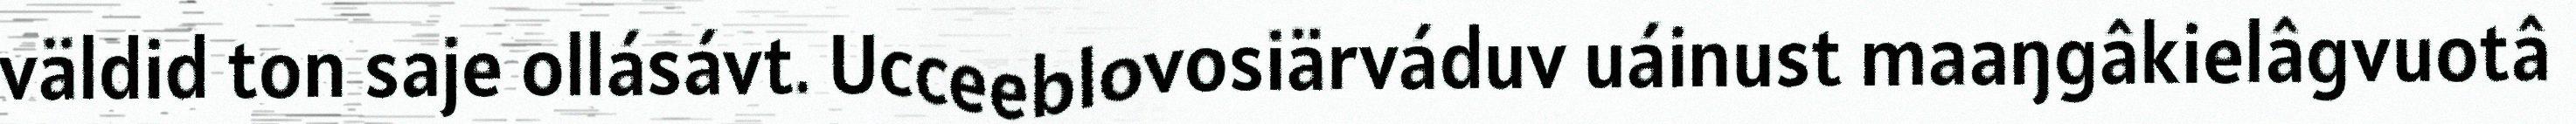
väldid ton saje ollásávt. Ucceeblovosiärváduv uáinust maaŋgâkielâgvuotâ